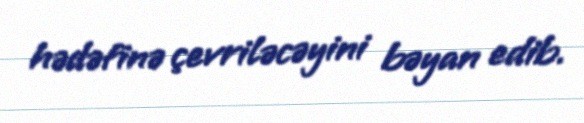
hədəfinə çevriləcəyini bəyan edib.